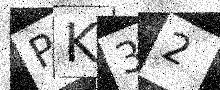
Text: PK32